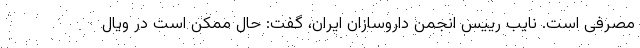
مصرفی است. نایب رییس انجمن داروسازان ایران، گفت: حال ممکن است در ویال